Enquiry on enteric fever in India - Number 32
Disease focus: Fever
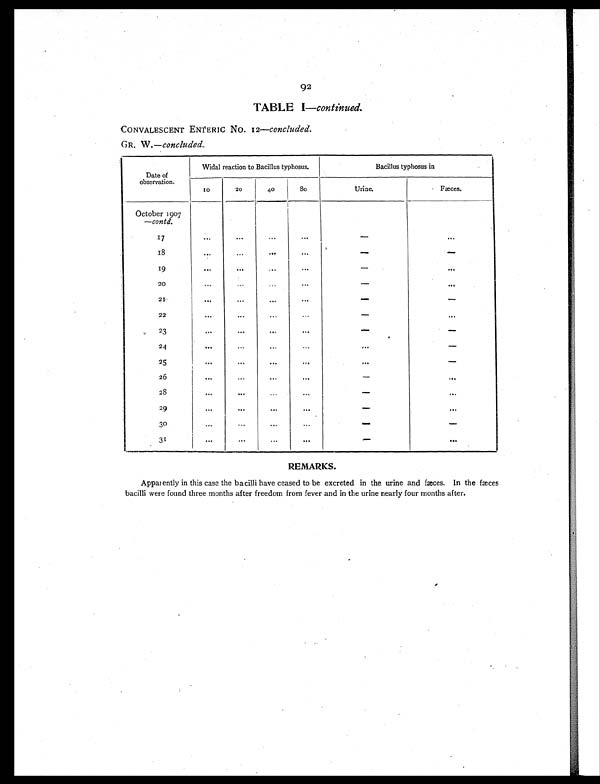
TABLE I- continued.
CONVALESCENT ENTERIC No. 12- concluded.
GR. W.- concluded.
Date of
observation.
Widal reaction to Bacillus typhosus.
Bacillus typhosus in
1 0
20
40
80
Urine.
Fæces.
October 1907
- contd.
17
. . .
. . . ...
. . .
-
. . .
18
. . .
. . .
. . .
...
-
-
19
. . .
. . .
...
...
-
. . .
2 0
...
...
. . .
...
- ..
.
21
. . .
. . .
. . .
...
-
-
22
...
... ...
...
-
. . .
2 3
. . . ...
. . .
. . .
-
-
2 4
...
. . .
. . .
. . .
- -
2 5
...
. . .
. . .
. . .
. . .
-
26
...
...
. . .
. . .
-
. . .
28
. . .
. . .
. . .
...
-
. . .
29
. . .
. . . ...
...
-
. . .
30
...
. . .
...
...
-
-
31
. . .
...
...
. . .
-
. . .
REMARKS.
Appal ently in this case the bacilli have ceased to be excreted in the urine and fæces. In the fæces
bacilli were found three months after freedom from fever and in the urine nearly four months after.